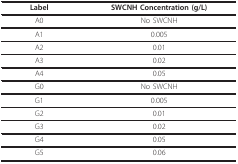
<table><thead><tr><td><b>Label</b></td><td><b>SWCNH Concentration (g/L)</b></td></tr></thead><tbody><tr><td>A0</td><td>No SWCNH</td></tr><tr><td>A1</td><td>0.005</td></tr><tr><td>A2</td><td>0.01</td></tr><tr><td>A3</td><td>0.02</td></tr><tr><td>A4</td><td>0.05</td></tr><tr><td>G0</td><td>No SWCNH</td></tr><tr><td>G1</td><td>0.005</td></tr><tr><td>G2</td><td>0.01</td></tr><tr><td>G3</td><td>0.02</td></tr><tr><td>G4</td><td>0.05</td></tr><tr><td>G5</td><td>0.06</td></tr></tbody></table>